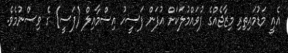
އެއީ މަޑުމައިތިރި މިޒާޖެއްގެ ފުވައްމުލަކަށް އުފަން ފަސީހު އިސްމާއިލް (ފަސީ) ގެ ވިސްނުމެވެ.